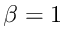
\beta = 1